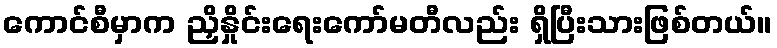
ကောင်စီမှာက ညှိနှိုင်းရေးကော်မတီလည်း ရှိပြီးသားဖြစ်တယ်။